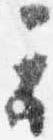
云